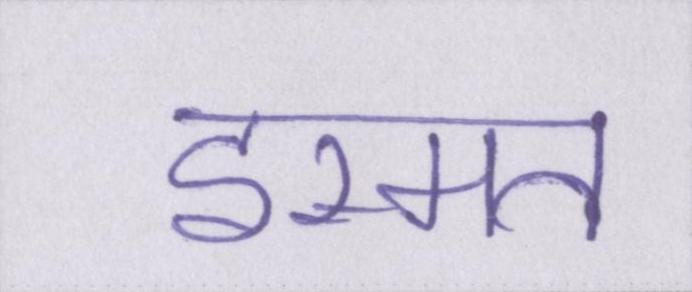
इस्मत